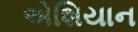
એશિયાન